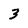
Character: 3